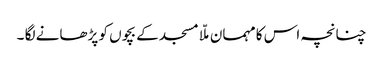
چنانچہ اس کا مہمان ملّا مسجد کے بچوں کو پڑھانے لگا ۔